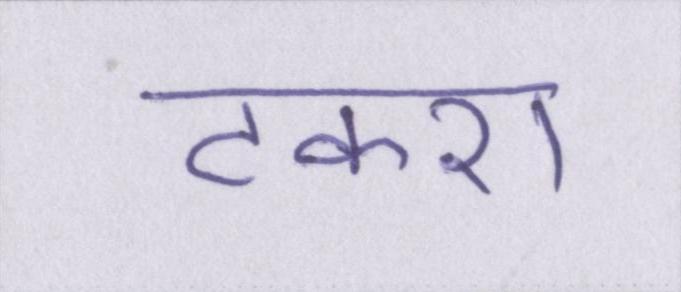
टकरा